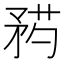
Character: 𥍰